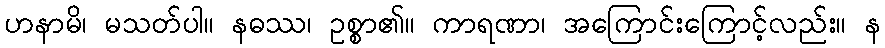
ဟနာမိ၊ မသတ်ပါ။ နဓဿ၊ ဥစ္စာ၏။ ကာရဏာ၊ အကြောင်းကြောင့်လည်း။ န